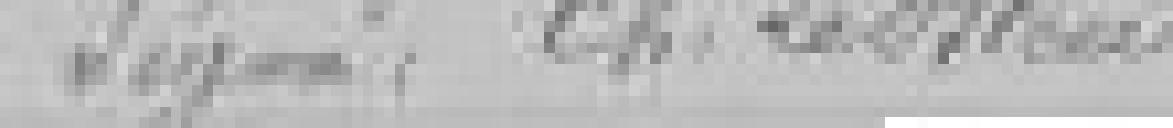
Signé : Ch. LEBLON